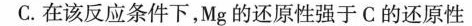
C.在该反应条件下，Mg的还原性强于C的还原性